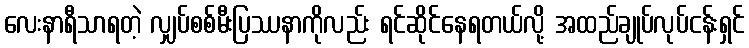
လေးနာရီသာရတဲ့ လျှပ်စစ်မီးပြဿနာကိုလည်း ရင်ဆိုင်နေရတယ်လို့ အထည်ချုပ်လုပ်ငန်းရှင်